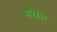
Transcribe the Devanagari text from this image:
भारांतर